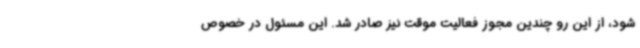
شود، از این رو چندین مجوز فعالیت موقت نیز صادر شد. این مسئول در خصوص